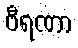
ဗီရဏာ